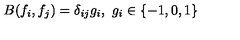
B ( f _ { i } , f _ { j } ) = \delta _ { i j } g _ { i } , \ g _ { i } \in \{ - 1 , 0 , 1 \}